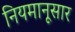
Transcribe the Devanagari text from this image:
नियमानूसार